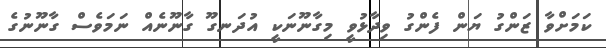
ކަމަށްވާ ޒަންގު ޔަން ފެންގު ވިދާޅުވީ މިގާނޫނަކީ އުދަނގޫ ގާނޫނެއް ނަމަވެސް ގާނޫނުގެ